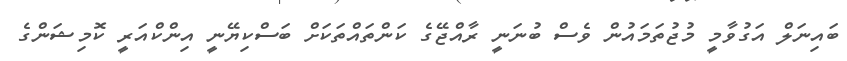
ބައިނަލް އަގުވާމީ މުޖުތަމައުން ވެސް ބުނަނީ ރާއްޖޭގެ ކަންތައްތަކަށް ބަސްކިޔޭނީ އިންކްއަރީ ކޮމިޝަންގެ